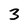
Character: 3